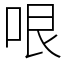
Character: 哏